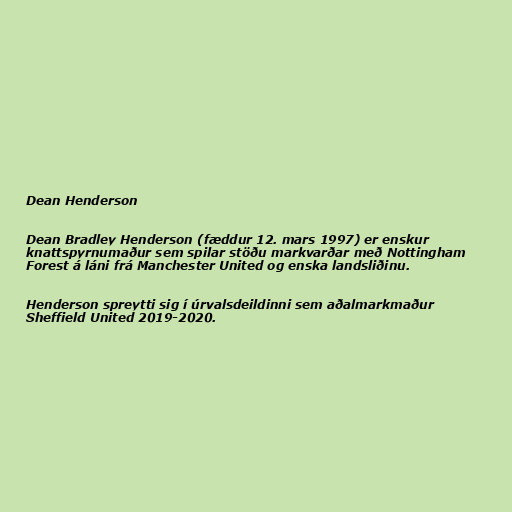
Dean Henderson

Dean Bradley Henderson (fæddur 12. mars 1997) er enskur
knattspyrnumaður sem spilar stöðu markvarðar með Nottingham
Forest á láni frá Manchester United og enska landsliðinu.

Henderson spreytti sig í úrvalsdeildinni sem aðalmarkmaður
Sheffield United 2019-2020.